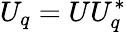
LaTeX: U_{q}=UU_{q}^{*}